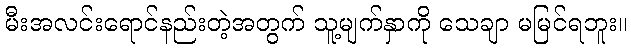
မီးအလင်းရောင်နည်းတဲ့အတွက် သူ့မျက်နှာကို သေချာ မမြင်ရဘူး။